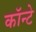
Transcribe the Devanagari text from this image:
कॉन्टे